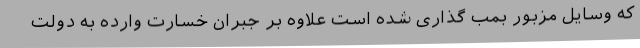
که وسایل مزبور بمب‌ گذاری شده است علاوه بر جبران خسارت وارده به دولت